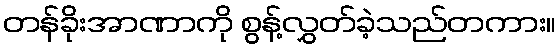
တန်ခိုးအာဏာကို စွန့်လွှတ်ခဲ့သည်တကား။